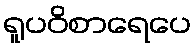
ရူပဝိစာရေပေ